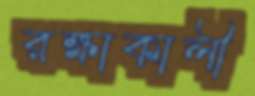
রক্ষাকালী